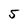
Character: 5